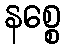
နစ္စေ